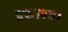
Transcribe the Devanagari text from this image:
प्रकाश्य।